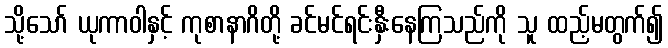
သို့သော် ယုကာဝါနှင့် ကုစာနာဂိတို့ ခင်မင်ရင်းနှီးနေကြသည်ကို သူ ထည့်မတွက်၍